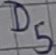
Text: D5